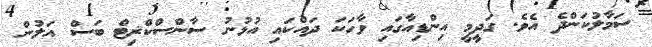
ސަމާލުކަންދެ އެވެ. ގަދީމީ އިންޑިއާގައި ވާހަކަ ދައްކައި އުޅުނު ސާންސްކްޜިޓް ބަސް އަލުން